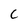
Character: c